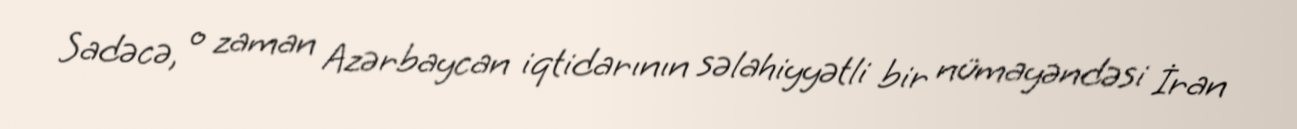
Sadəcə, o zaman Azərbaycan iqtidarının səlahiyyətli bir nümayəndəsi İran